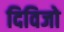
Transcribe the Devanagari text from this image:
दिविजो